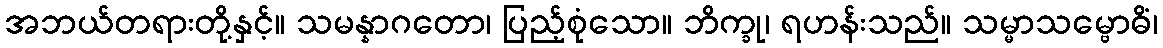
အဘယ်တရားတို့နှင့်။ သမန္နာဂတော၊ ပြည့်စုံသော။ ဘိက္ခု၊ ရဟန်းသည်။ သမ္မာသမ္ဗောဓိံ၊